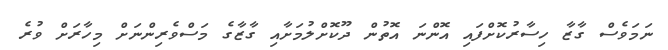
ނަމަވެސް ގާޒާ ހިސާރުކޮށްފައި އޮންނަ އޮތުން ދޫކޮށްލުމަށާއި ގާޒާގެ މަސްވެރިންނަށް މިހާރަށް ވުރެ